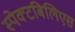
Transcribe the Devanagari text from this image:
स्पेक्टबिलिएस